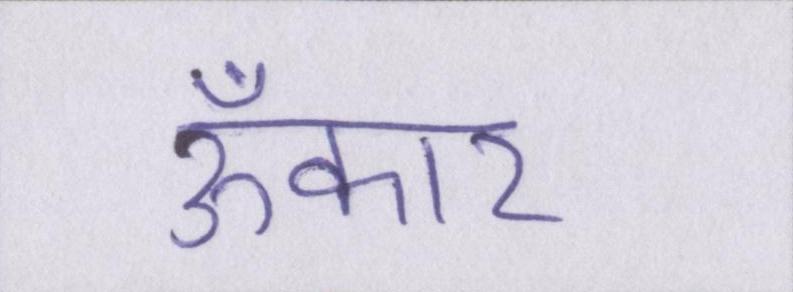
ॐकार